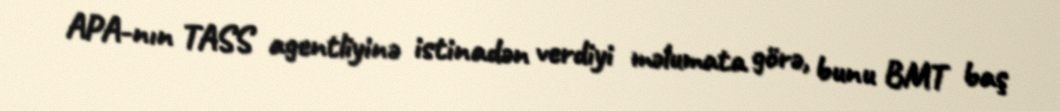
APA-nın TASS agentliyinə istinadən verdiyi məlumata görə, bunu BMT baş